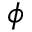
\phi